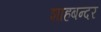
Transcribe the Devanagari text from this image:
शाहबन्दर